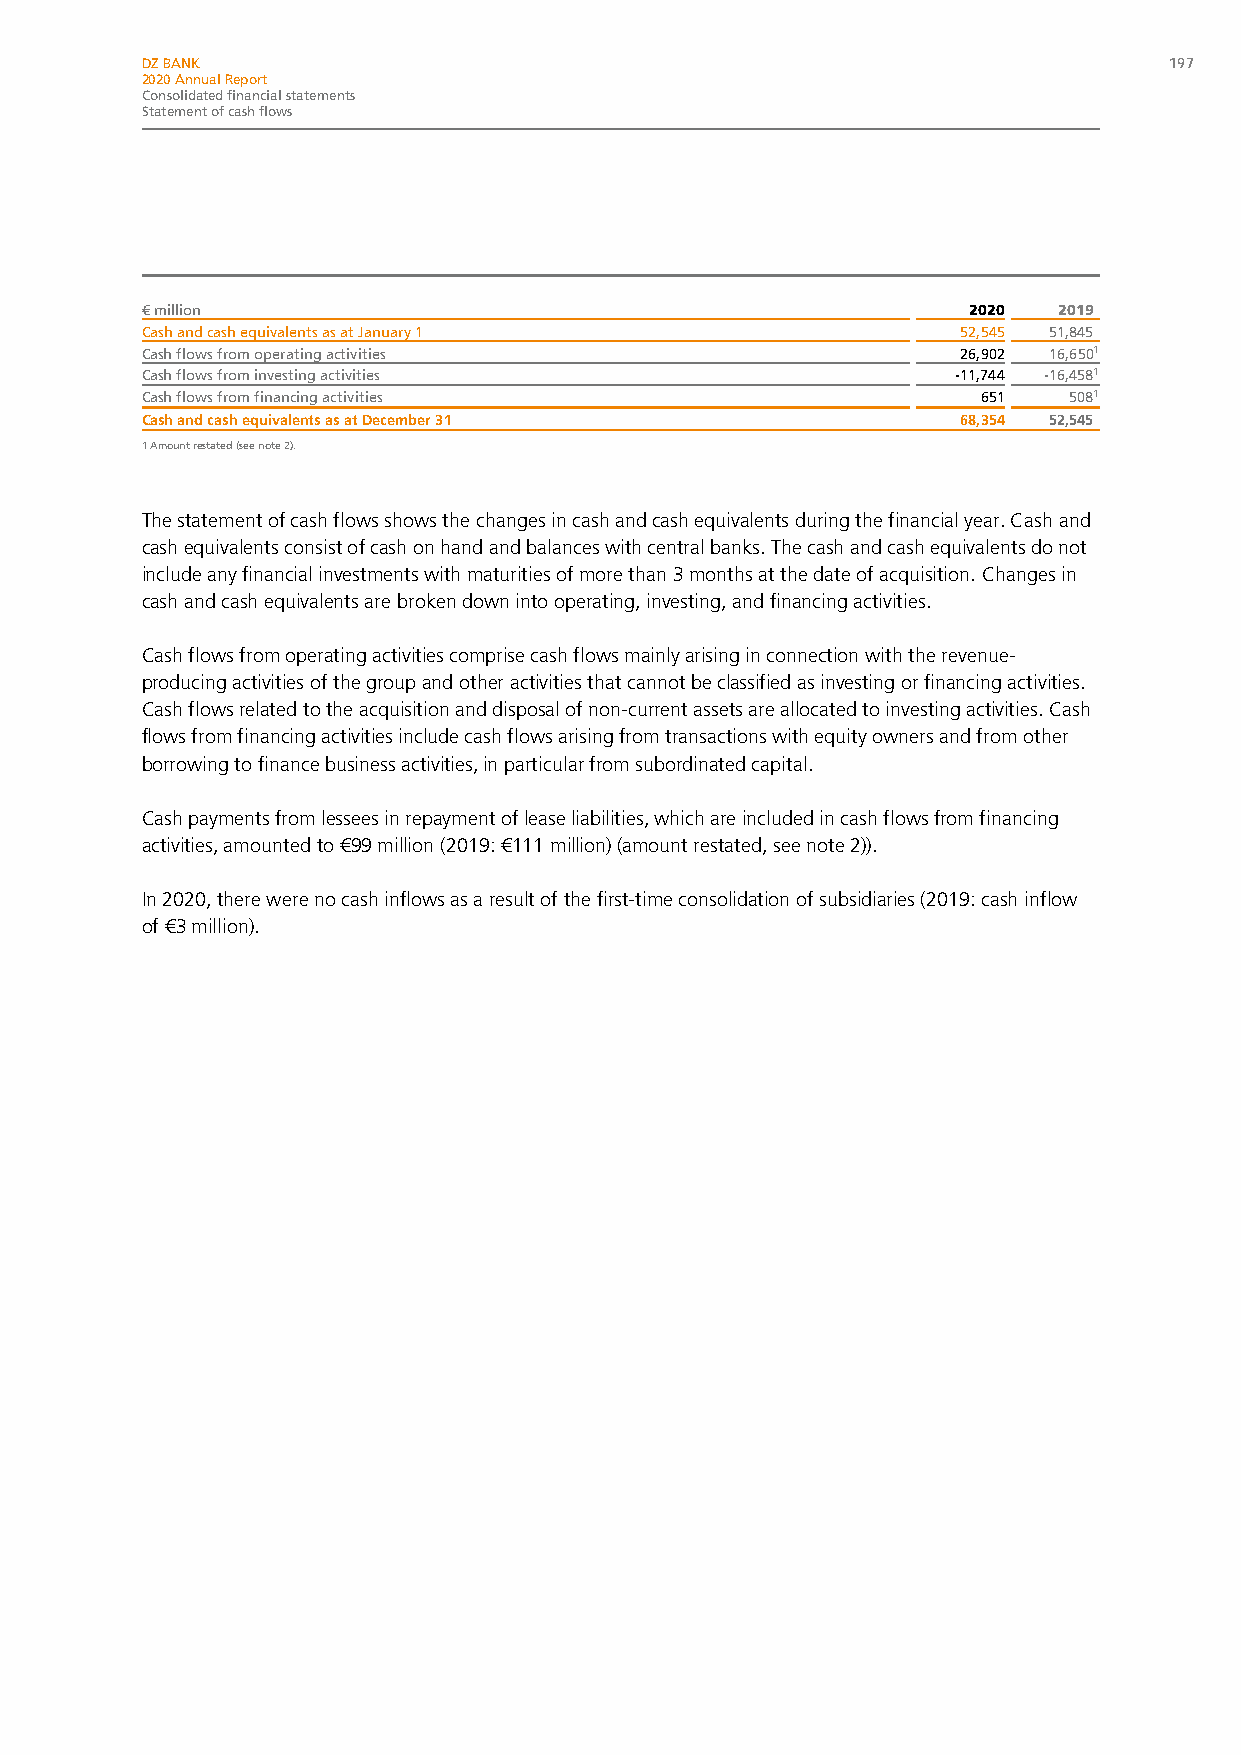
DZ BANK                                                             197
 2020 Annual Report
 Consolidated financial statements
 Statement of cash flows
 € million                                              2020  2019
 Cash and cash equivalents as at January 1              52,545 51,845
 Cash flows from operating activities                   26,902 16,6501
 Cash flows from investing activities                  -11,744 -16,4581
 Cash flows from financing activities                    651   5081
 Cash and cash equivalents as at December 31            68,354 52,545
 1 Amount restated (see note 2).
 The statement of cash flows shows the changes in cash and cash equivalents during the financial year. Cash and
 cash equivalents consist of cash on hand and balances with central banks. The cash and cash equivalents do not
 include any financial investments with maturities of more than 3 months at the date of acquisition. Changes in
 cash and cash equivalents are broken down into operating, investing, and financing activities.
 Cash flows from operating activities comprise cash flows mainly arising in connection with the revenue-
 producing activities of the group and other activities that cannot be classified as investing or financing activities.
 Cash flows related to the acquisition and disposal of non-current assets are allocated to investing activities. Cash
 flows from financing activities include cash flows arising from transactions with equity owners and from other
 borrowing to finance business activities, in particular from subordinated capital.
 Cash payments from lessees in repayment of lease liabilities, which are included in cash flows from financing
 activities, amounted to €99 million (2019: €111 million) (amount restated, see note 2)).
 In 2020, there were no cash inflows as a result of the first-time consolidation of subsidiaries (2019: cash inflow
 of €3 million).